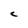
Character: c